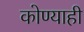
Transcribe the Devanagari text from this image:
कोण्याही